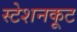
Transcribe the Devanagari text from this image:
स्टेशनकूट